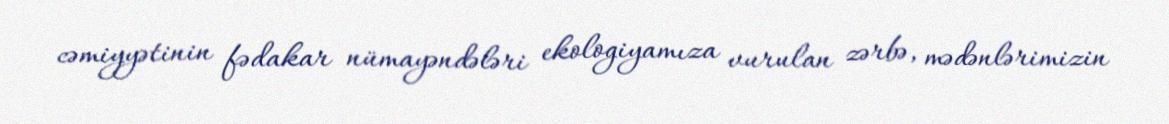
cəmiyyətinin fədakar nümayəndələri ekologiyamıza vurulan zərbə, mədənlərimizin